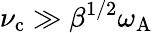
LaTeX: \nu_{\mathrm{c}}\gg\beta^{1/2}\omega_{\mathrm{A}}